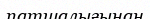
патшалығынан